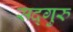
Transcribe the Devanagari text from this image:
सद्‍गुरु